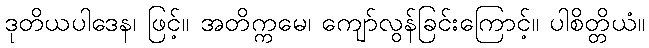
ဒုတိယပါဒေန၊ ဖြင့်။ အတိက္ကမေ၊ ကျော်လွန်ခြင်းကြောင့်။ ပါစိတ္တိယံ။